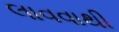
લાવવાથી